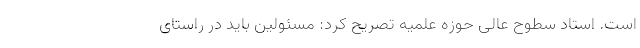
است. استاد سطوح عالی حوزه علمیه تصریح کرد: مسئولین باید در راستای